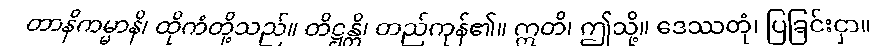
တာနိကမ္မာနိ၊ ထိုကံတို့သည်။ တိဋ္ဌန္တိ၊ တည်ကုန်၏။ ဣတိ၊ ဤသို့။ ဒေဿတုံ၊ ပြခြင်းငှာ။